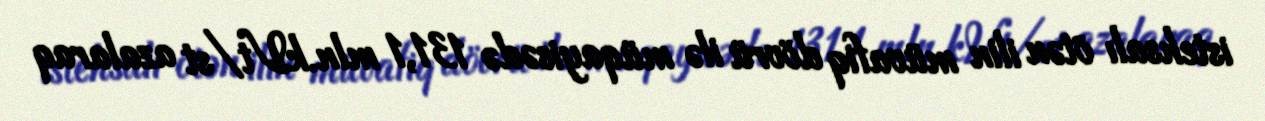
istehsalı ötən ilin müvafiq dövrü ilə müqayisədə 131,1 mln.kVt/st azalaraq